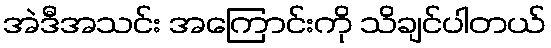
အဲဒီအသင်း အကြောင်းကို သိချင်ပါတယ်